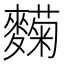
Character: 𬹄